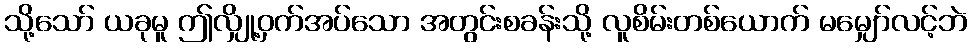
သို့သော် ယခုမူ ဤလျှို့ဝှက်အပ်သော အတွင်းစခန်းသို့ လူစိမ်းတစ်ယောက် မမျှော်လင့်ဘဲ